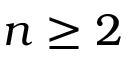
n \geq 2